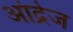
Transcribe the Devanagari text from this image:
आंद्रेज